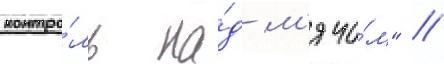
контро́ль на́д м'ячо́м" //